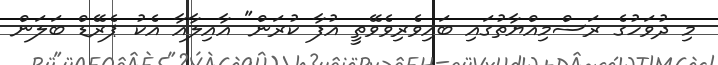
މި ދުވަހުގެ ރަސްމިއްޔާތުގައި ބަައިވެރިވެވޭތީ އުފާ ކުރަން" އާއިލާާއާ އެކު ޕެރޭޑް ބަލަން